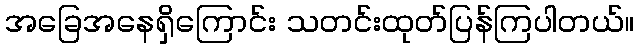
အခြေအနေရှိကြောင်း သတင်းထုတ်ပြန်ကြပါတယ်။